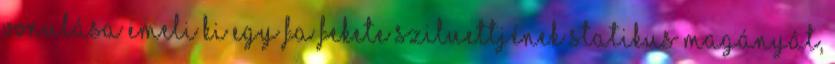
vonulása emeli ki egy fa fekete sziluettjének statikus magányát,